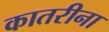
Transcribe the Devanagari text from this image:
कातरीना